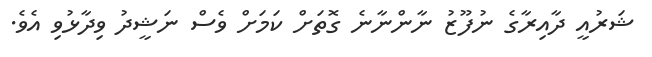
ޝަރުއީ ދާއިރާގެ ނުފޫޒު ނާންނާނެ ގޮތަށް ކަމަށް ވެސް ނަޝީދު ވިދާޅުވި އެވެ.